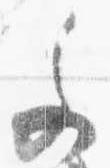
文